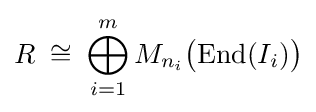
R\;\cong \;\bigoplus _{i=1}^{m}M_{n_{i}}{\big (}\mathrm {End} (I_{i}){\big )}